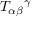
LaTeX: T _ { \alpha \beta } { } ^ { \gamma }